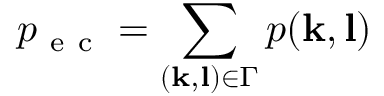
p _ { \mathrm { ~ e ~ c ~ } } = \sum _ { ( \mathbf { k } , \mathbf { l } ) \in \Gamma } p ( \mathbf { k } , \mathbf { l } )